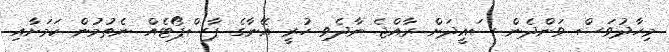
މިހާދުވަސް ވަންދެން ސައީދަށް ރާއްޖެ ނާދެވި ހުރީ އޭނާގެ ޕާސްޕޯޓެއް ނެތުމުން ކަމަށާއި